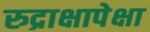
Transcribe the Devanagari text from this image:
रुद्राक्षापेक्षा